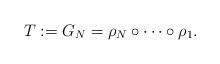
LaTeX: \begin{align*}T := G_N = \rho_{N} \circ \cdots \circ \rho_{1}.\end{align*}